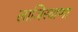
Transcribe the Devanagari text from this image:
लाजिरवाणा